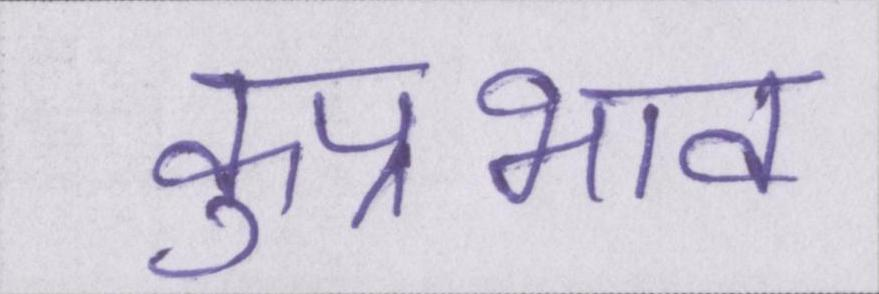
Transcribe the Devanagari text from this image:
कुप्रभाव